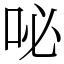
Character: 咇